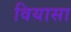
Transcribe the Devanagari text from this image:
वियासा